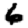
Digit: 6